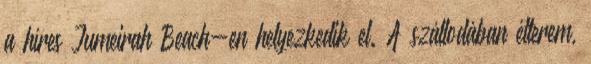
a híres Jumeirah Beach-en helyezkedik el. A szállodában étterem,